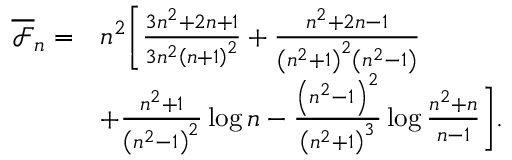
\begin{array} { r l } { \overline { { \mathcal { F } } } _ { n } = } & { n ^ { 2 } \bigg [ \frac { 3 n ^ { 2 } + 2 n + 1 } { 3 n ^ { 2 } \left( n + 1 \right) ^ { 2 } } + \frac { n ^ { 2 } + 2 n - 1 } { \left( n ^ { 2 } + 1 \right) ^ { 2 } \left( n ^ { 2 } - 1 \right) } } \\ & { + \frac { n ^ { 2 } + 1 } { \left( n ^ { 2 } - 1 \right) ^ { 2 } } \log n - \frac { \left( n ^ { 2 } - 1 \right) ^ { 2 } } { \left( n ^ { 2 } + 1 \right) ^ { 3 } } \log \frac { n ^ { 2 } + n } { n - 1 } \bigg ] . } \end{array}